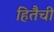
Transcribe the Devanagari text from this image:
हितैची